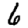
Digit: 6